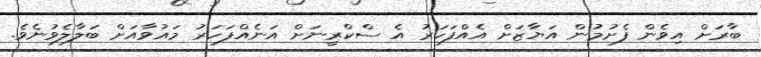
ބާރަށް އިވެން ފެށުމުން އަޔާޒަށް އެއްފަހަރު އެ ސްކްރީނަށް އަނެއްފަހަރު މައުވާއަށް ބަލާލެވުނެވެ.